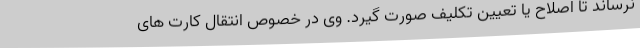
نرساند تا اصلاح یا تعیین تکلیف صورت گیرد. وی در خصوص انتقال کارت های